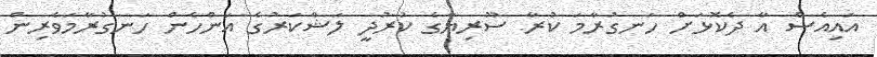
އައިއެސް އާ ދެކޮޅަށް ހަނގުރާމަ ކުރާ ސޫރިޔާގެ ކުރުދީ ލަޝްކަރުގެ އަންހެން ހަނގުރާމަވެރިން